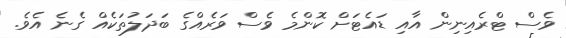
ވެސް ޓްރެއިނިން އާއި ޑައެޓަށް ކޮންމެ ވެސް ވަރެއްގެ ބަދަލުތަކެއް ގެނެ އެވެ.